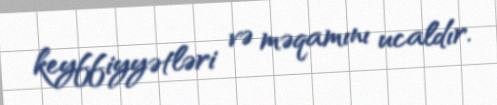
keyffiyyətləri və məqamını ucaldır.